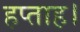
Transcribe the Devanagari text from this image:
हप्ताह।